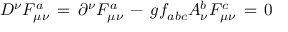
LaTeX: D ^ { \nu } F _ { \mu \nu } ^ { a } \, = \, \partial ^ { \nu } F _ { \mu \nu } ^ { a } \, - \, g f _ { a b c } A _ { \nu } ^ { b } F _ { \mu \nu } ^ { c } \, = \, 0